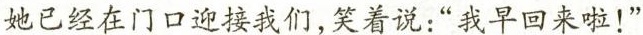
她已经在门口迎接我们，笑着说：“我早回来啦！”